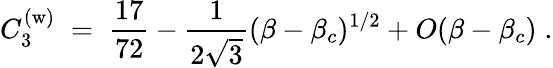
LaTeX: C_{3}^{(\mathrm{w})}\; =\; {\frac{17}{72}}-{\frac{1}{2\sqrt{3}}}(\beta-\beta_{c})^{1/2}+O(\beta-\beta_{c})\; .